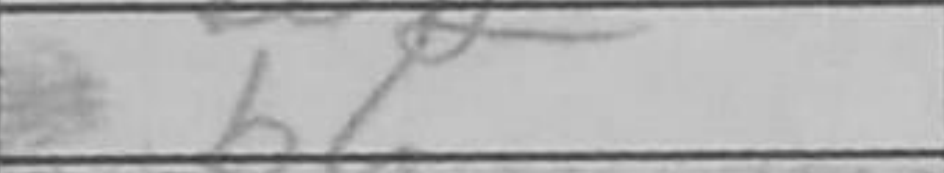
Transcription: b6